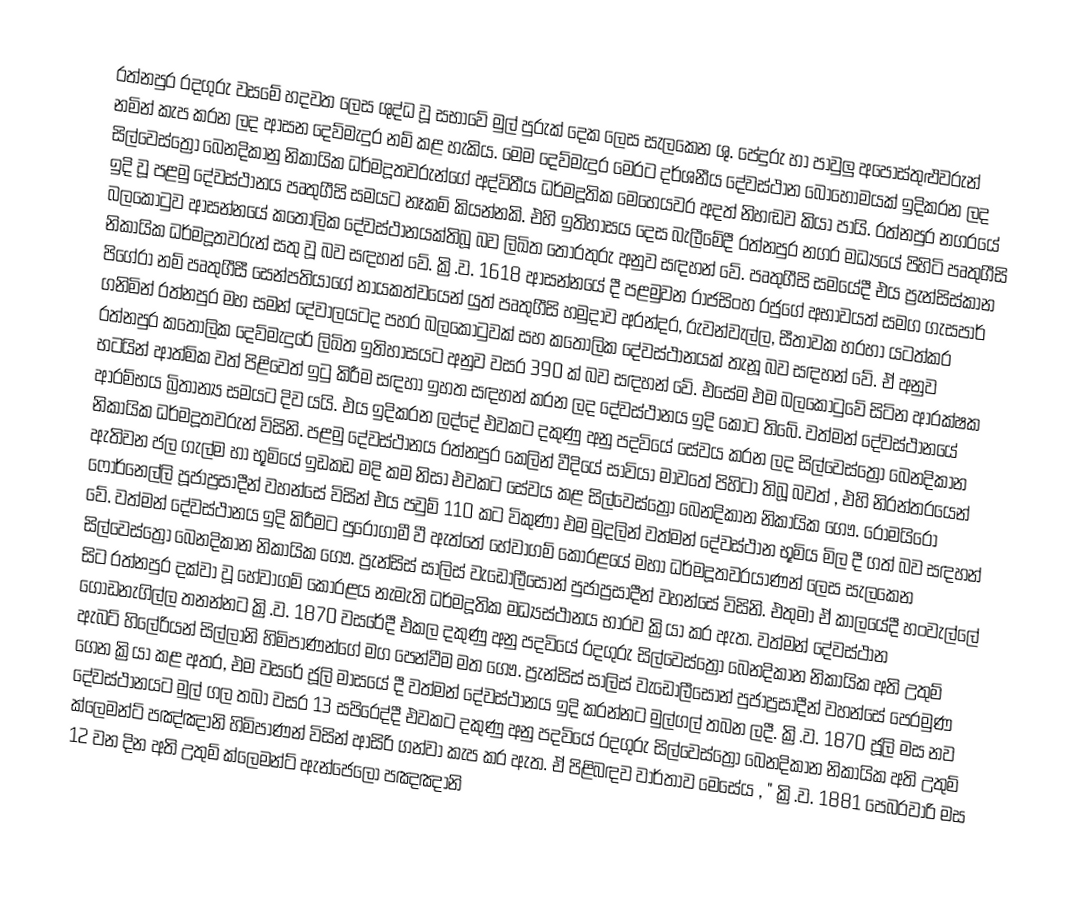
රත්නපුර රදගුරු වසමේ හදවත ලෙස ශුද්ධ වූ සභාවේ මුල් පුරුක් දෙක ලෙස සැලකෙන ශු. පේදුරු හා පාවුලු අපෝස්තුළුවරුන් නමින් කැප කරන ලද ආසන දෙව්මැදුර නම් කළ හැකිය. මෙම දෙව්මැදුර මෙරට දර්ශනීය දේවස්ථාන බොහොමයක් ඉදිකරන ලද සිල්වෙස්ත්‍රෝ බෙනදිකානු නිකායික ධර්මදූතවරුන්ගේ  අද්විතීය ධර්මදූතික මෙහෙයවර අදත් නිහඬව කියා පායි. රත්නපුර නගරයේ ඉදි වූ පළමු දේවස්ථානය පෘතුගීසි සමයට නෑකම් කියන්නකි. එහි ඉතිහාසය දෙස බැලීමේදී   රත්නපුර නගර මධ්‍යයේ පිහිටි පෘතුගීසි බලකොටුව ආසන්නයේ කතෝලික දේවස්ථානයක්තිබූ බව ලිඛිත තොරතුරු අනුව සඳහන් වේ. පෘතුගීසි සමයේදී එය ප්‍රැන්සිස්කාන නිකායික  ධර්මදූතවරුන් සතු වූ බව සඳහන් වේ. ක්‍රි.ව. 1618 ආසන්නයේ දී පළමුවන රාජසිංහ රජුගේ අභාවයත් සමග ගැසපාර් පිගේරා නම් පෘතුගීසී සෙන්පතියාගේ නායකත්වයෙන් යුත් පෘතුගීසි හමුදාව අරන්දර, රුවන්වැල්ල, සීතාවක හරහා යටත්කර ගනිමින් රත්නපුර මහ සමන් දේවාලයටද පහර බලකොටුවක් සහ කතෝලික දේවස්ථානයක්  තැනූ බව සඳහන් වේ. ඒ අනුව රත්නපුර කතෝලික දෙව්මැදුරේ ලිඛිත ඉතිහාසයට අනුව වසර 390 ක් බව සඳහන් වේ. එසේම එම බලකොටුවේ සිටින ආරක්ෂක භටයින් ආත්මික වත් පිළිවෙත් ඉටු කිරීම සඳහා ඉහත සඳහන් කරන ලද දේවස්ථානය ඉදි කොට තිබේ. වත්මන් දේවස්ථානයේ ආරම්භය බ්‍රිතාන්‍ය සමයට දිව යයි. එය ඉදිකරන ලද්දේ එවකට දකුණු අනු පදවියේ සේවය කරන ලද සිල්වෙස්ත්‍රෝ බෙනදිකාන නිකායික ධර්මදූතවරුන් විසිනි. පළමු දේවස්ථානය රත්නපුර කෙලින් වීදියේ සාවියා මාවතේ පිහිටා තිබූ බවත් , එහි නිරන්තරයෙන් ඇතිවන ජල ගැල්ම හා භූමියේ ඉඩකඩ මදි කම නිසා එවකට සේවය කළ  සිල්වෙස්ත්‍රෝ බෙනදිකාන නිකායික ගෞ. රොමයිරෝ ෆොර්නෙල්ලි පූජාප්‍රසාදීන් වහන්සේ විසින් එය පවුම් 110 කට විකුණා එම මුදලින් වත්මන් දේවස්ථාන  භූමිය මිල දී ගත් බව සඳහන් වේ. වත්මන් දේවස්ථානය ඉදි කිරීමට පුරෝගාමී වී ඇත්තේ හේවාගම් කෝරළයේ මහා ධර්මදූතවරයාණන් ලෙස සැලකෙන සිල්වෙස්ත්‍රෝ බෙනදිකාන නිකායික  ගෞ. ප්‍රැන්සිස් සාලිස් වැඩෝලීසොන් පුජාප්‍රසාදීන් වහන්සේ විසිනි. එතුමා ඒ කාලයේදී හංවැල්ලේ සිට රත්නපුර දක්වා වූ හේවාගම් කෝරළය නැමැති ධර්මදූතික මධ්‍යස්ථානය භාරව ක්‍රියා කර ඇත. වත්මන් දේවස්ථාන ගොඩනැගිල්ල තනන්නට ක්‍රි.ව. 1870 වසරේදී එකල දකුණු අනු පදවියේ රදගුරු සිල්වෙස්ත්‍රෝ බෙනදිකාන නිකායික අති උතුම් ඇබට් හිලේරියන් සිල්ලානි හිමිපාණන්ගේ මග පෙන්වීම මත  ගෞ. ප්‍රැන්සිස් සාලිස් වැඩෝලීසොන් පුජාප්‍රසාදීන් වහන්සේ පෙරමුණ ගෙන ක්‍රියා කළ අතර, එම වසරේ ජූලි මාසයේ දී වත්මන් දේවස්ථානය ඉදි කරන්නට මුල්ගල් තබන ලදී. ක්‍රි.ව. 1870 ජූලි මස නව දේවස්ථානයට මුල් ගල තබා වසර 13 සපිරෙද්දී එවකට දකුණු අනු පදවියේ රදගුරු සිල්වෙස්ත්‍රෝ බෙනදිකාන නිකායික අති උතුම් ක්ලෙමන්ට් පඤ්ඤානි හිමිපාණන් විසින් ආසිරි ගන්වා කැප කර ඇත. ඒ පිළිබඳව වාර්තාව මෙසේය , "  ක්‍රි.ව. 1881 පෙබරවාරි මස 12 වන දින අති උතුම් ක්ලෙමන්ට් ඇන්ජෙලෝ පඤඤානි